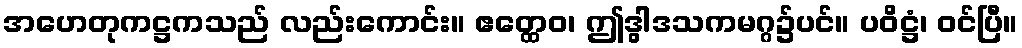
အဟေတုကဋ္ဌကသည် လည်းကောင်း။ ဧတ္ထေဝ၊ ဤဒွါဒသကမဂ္ဂ၌ပင်။ ပဝိဋ္ဌံ၊ ဝင်ပြီ။